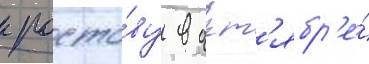
к росто́ву в окт'ябр'е́